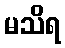
မသိရ